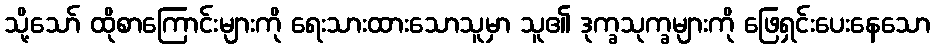
သို့သော် ထိုစာကြောင်းများကို ရေးသားထားသောသူမှာ သူ၏ ဒုက္ခသုက္ခများကို ဖြေရှင်းပေးနေသော